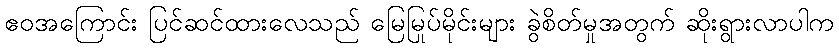
ဧဝအကြောင်း ပြင်ဆင်ထားလေသည် မြေမြုပ်မိုင်းများ ခွဲစိတ်မှုအတွက် ဆိုးရွားလာပါက